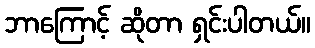
ဘာကြောင့် ဆိုတာ ရှင်းပါတယ်။